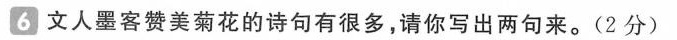
6文人墨客赞美菊花的诗句有很多，请你写出两句来。(2分)